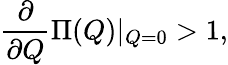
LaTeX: \frac{\partial}{\partial Q}\Pi(Q)|_{Q=0}>1,